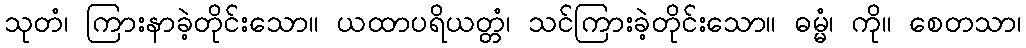
သုတံ၊ ကြားနာခဲ့တိုင်းသော။ ယထာပရိယတ္တံ၊ သင်ကြားခဲ့တိုင်းသော။ ဓမ္မံ၊ ကို။ စေတသာ၊